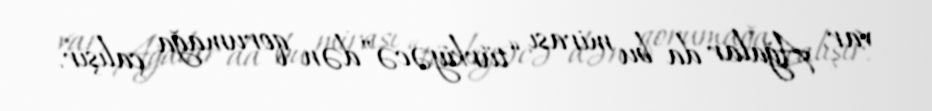
var, Ağalar da bu mirası “türkiyəcə”dən qorumağa çalışır.